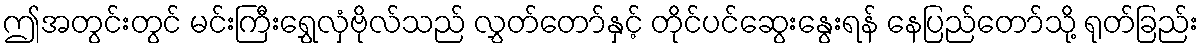
ဤအတွင်းတွင် မင်းကြီးရွှေလှံဗိုလ်သည် လွှတ်တော်နှင့် တိုင်ပင်ဆွေးနွေးရန် နေပြည်တော်သို့ ရုတ်ခြည်း